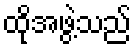
ထိုအဖွဲ့သည်